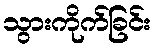
သွားကိုက်ခြင်း